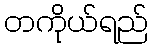
တကိုယ်ရည်